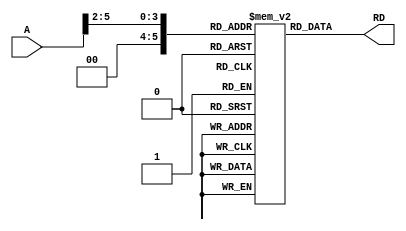
`timescale 1ns / 1ps
//////////////////////////////////////////////////////////////////////////////////
// Company: 
// Engineer: 
// 
// Design Name: 
// Module Name:    Instruction_Memory 
// Project Name: 
// Target Devices: 
// Tool versions: 
// Description: 
//
// Dependencies: 
//
// Revision: 
// Revision 0.01 - File Created
// Additional Comments: 
//
//////////////////////////////////////////////////////////////////////////////////
module Instruction_Memory(
	input [5:0]A,
	output [31:0]RD
    );
	reg [31:0]Instr[0:63];
	assign RD=Instr[(A>>2)];
	
	initial
	begin
	/*
	add $5,$1,$4 
	sw $5,4($1)
	lw $6,4($1)
	beq $5,$6,label
	add $1,$1,$1
	label: nop
	*/
		Instr[0]=32'h00242820;
		Instr[1]=32'hac250004;
		Instr[2]=32'h8c260004;
		Instr[3]=32'h10a60001;
		Instr[4]=32'h00210820;
		Instr[5]=32'h00000000;
	end
endmodule